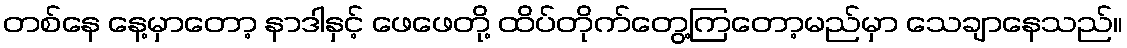
တစ်နေ နေ့မှာတော့ နာဒါနှင့် ဖေဖေတို့ ထိပ်တိုက်တွေ့ကြတော့မည်မှာ သေချာနေသည်။